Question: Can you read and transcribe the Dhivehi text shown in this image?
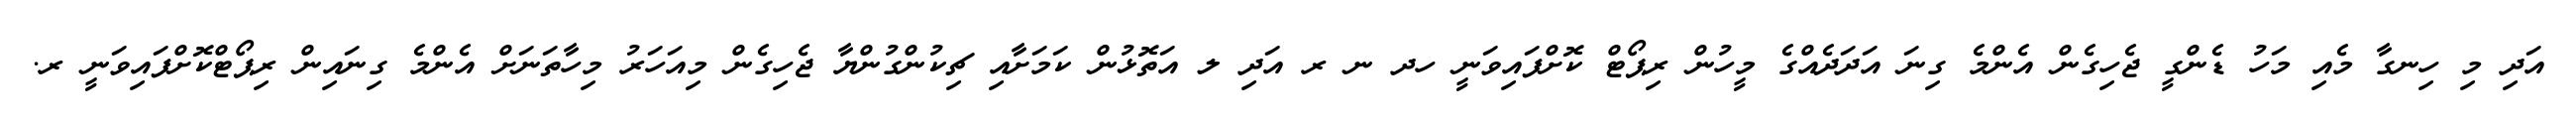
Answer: އަދި މި ހިނގާ މެއި މަހު ޑެންގީ ޖެހިގެން އެންމެ ގިނަ އަދަދެއްގެ މީހުން ރިޕޯޓް ކޮށްފައިވަނީ ހދ ނ ރ އަދި ލ އަތޮޅުން ކަމަށާއި ޗިކުންގުންޔާ ޖެހިގެން މިއަހަރު މިހާތަނަށް އެންމެ ގިނައިން ރިޕޯޓްކޮށްފައިވަނީ ރ.